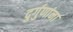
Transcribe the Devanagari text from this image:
दुर्गुणांना